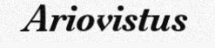
Ariovistus